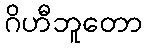
ဂိဟီဘူတော